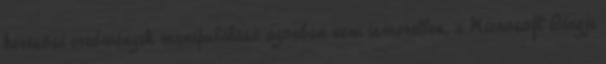
keresősi eredmények manipulálása azonban nem ismeretlen, a Microsoft Bingje